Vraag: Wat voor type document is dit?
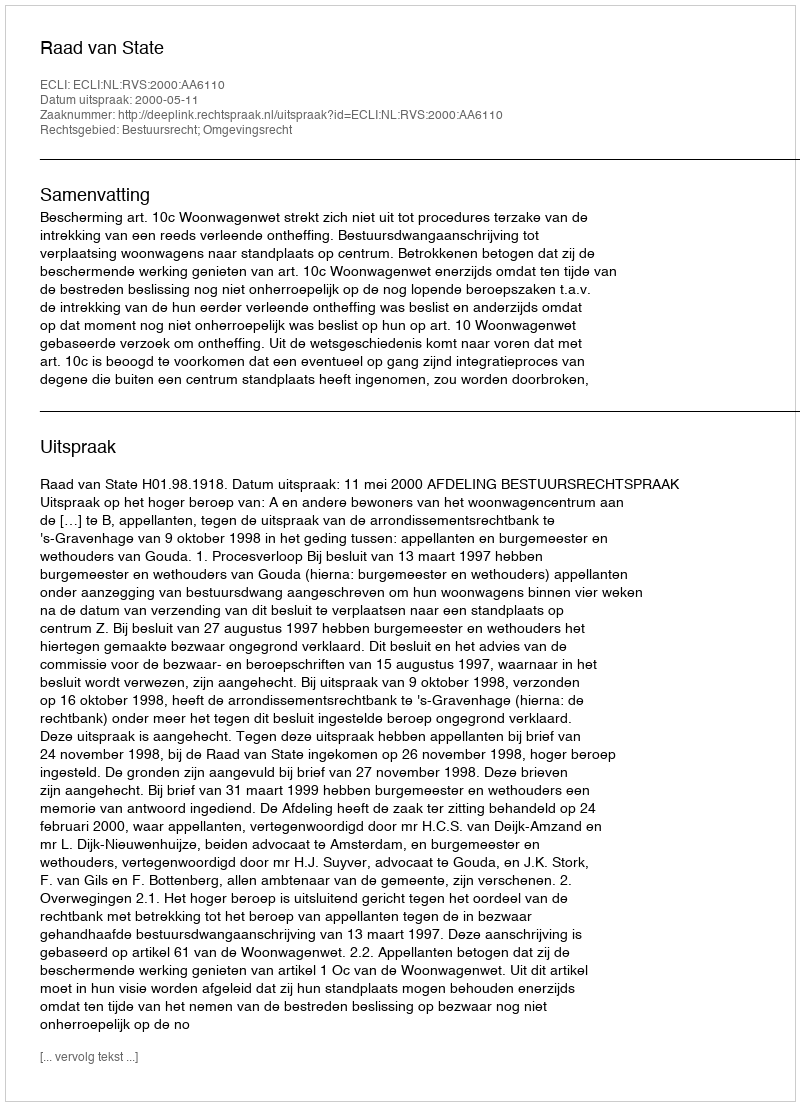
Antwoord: Uitspraak